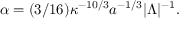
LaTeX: \alpha = ( 3 / 1 6 ) \kappa ^ { - 1 0 / 3 } a ^ { - 1 / 3 } | \Lambda | ^ { - 1 } .